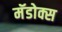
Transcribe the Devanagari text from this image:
मॅडोक्स